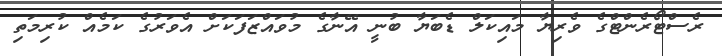
ރެސްޓޯރެންޓްގެ ވެރިޔާ މައިކަލް ޑެބަޔާ ބުނީ އޭނާގެ މުވައްޒަފަކަށް އެވަރުގެ ކަމެއް ކުރިމަތި